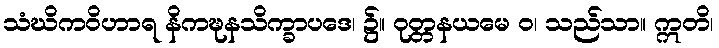
သံဃိကဝိဟာရ နိကဍ္ဎနသိက္ခာပဒေ၊ ၌။ ဝုတ္တနယမေ ဝ၊ သည်သာ။ ဣတိ၊